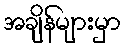
အချိန်များမှာ